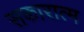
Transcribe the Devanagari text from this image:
सकारात्म